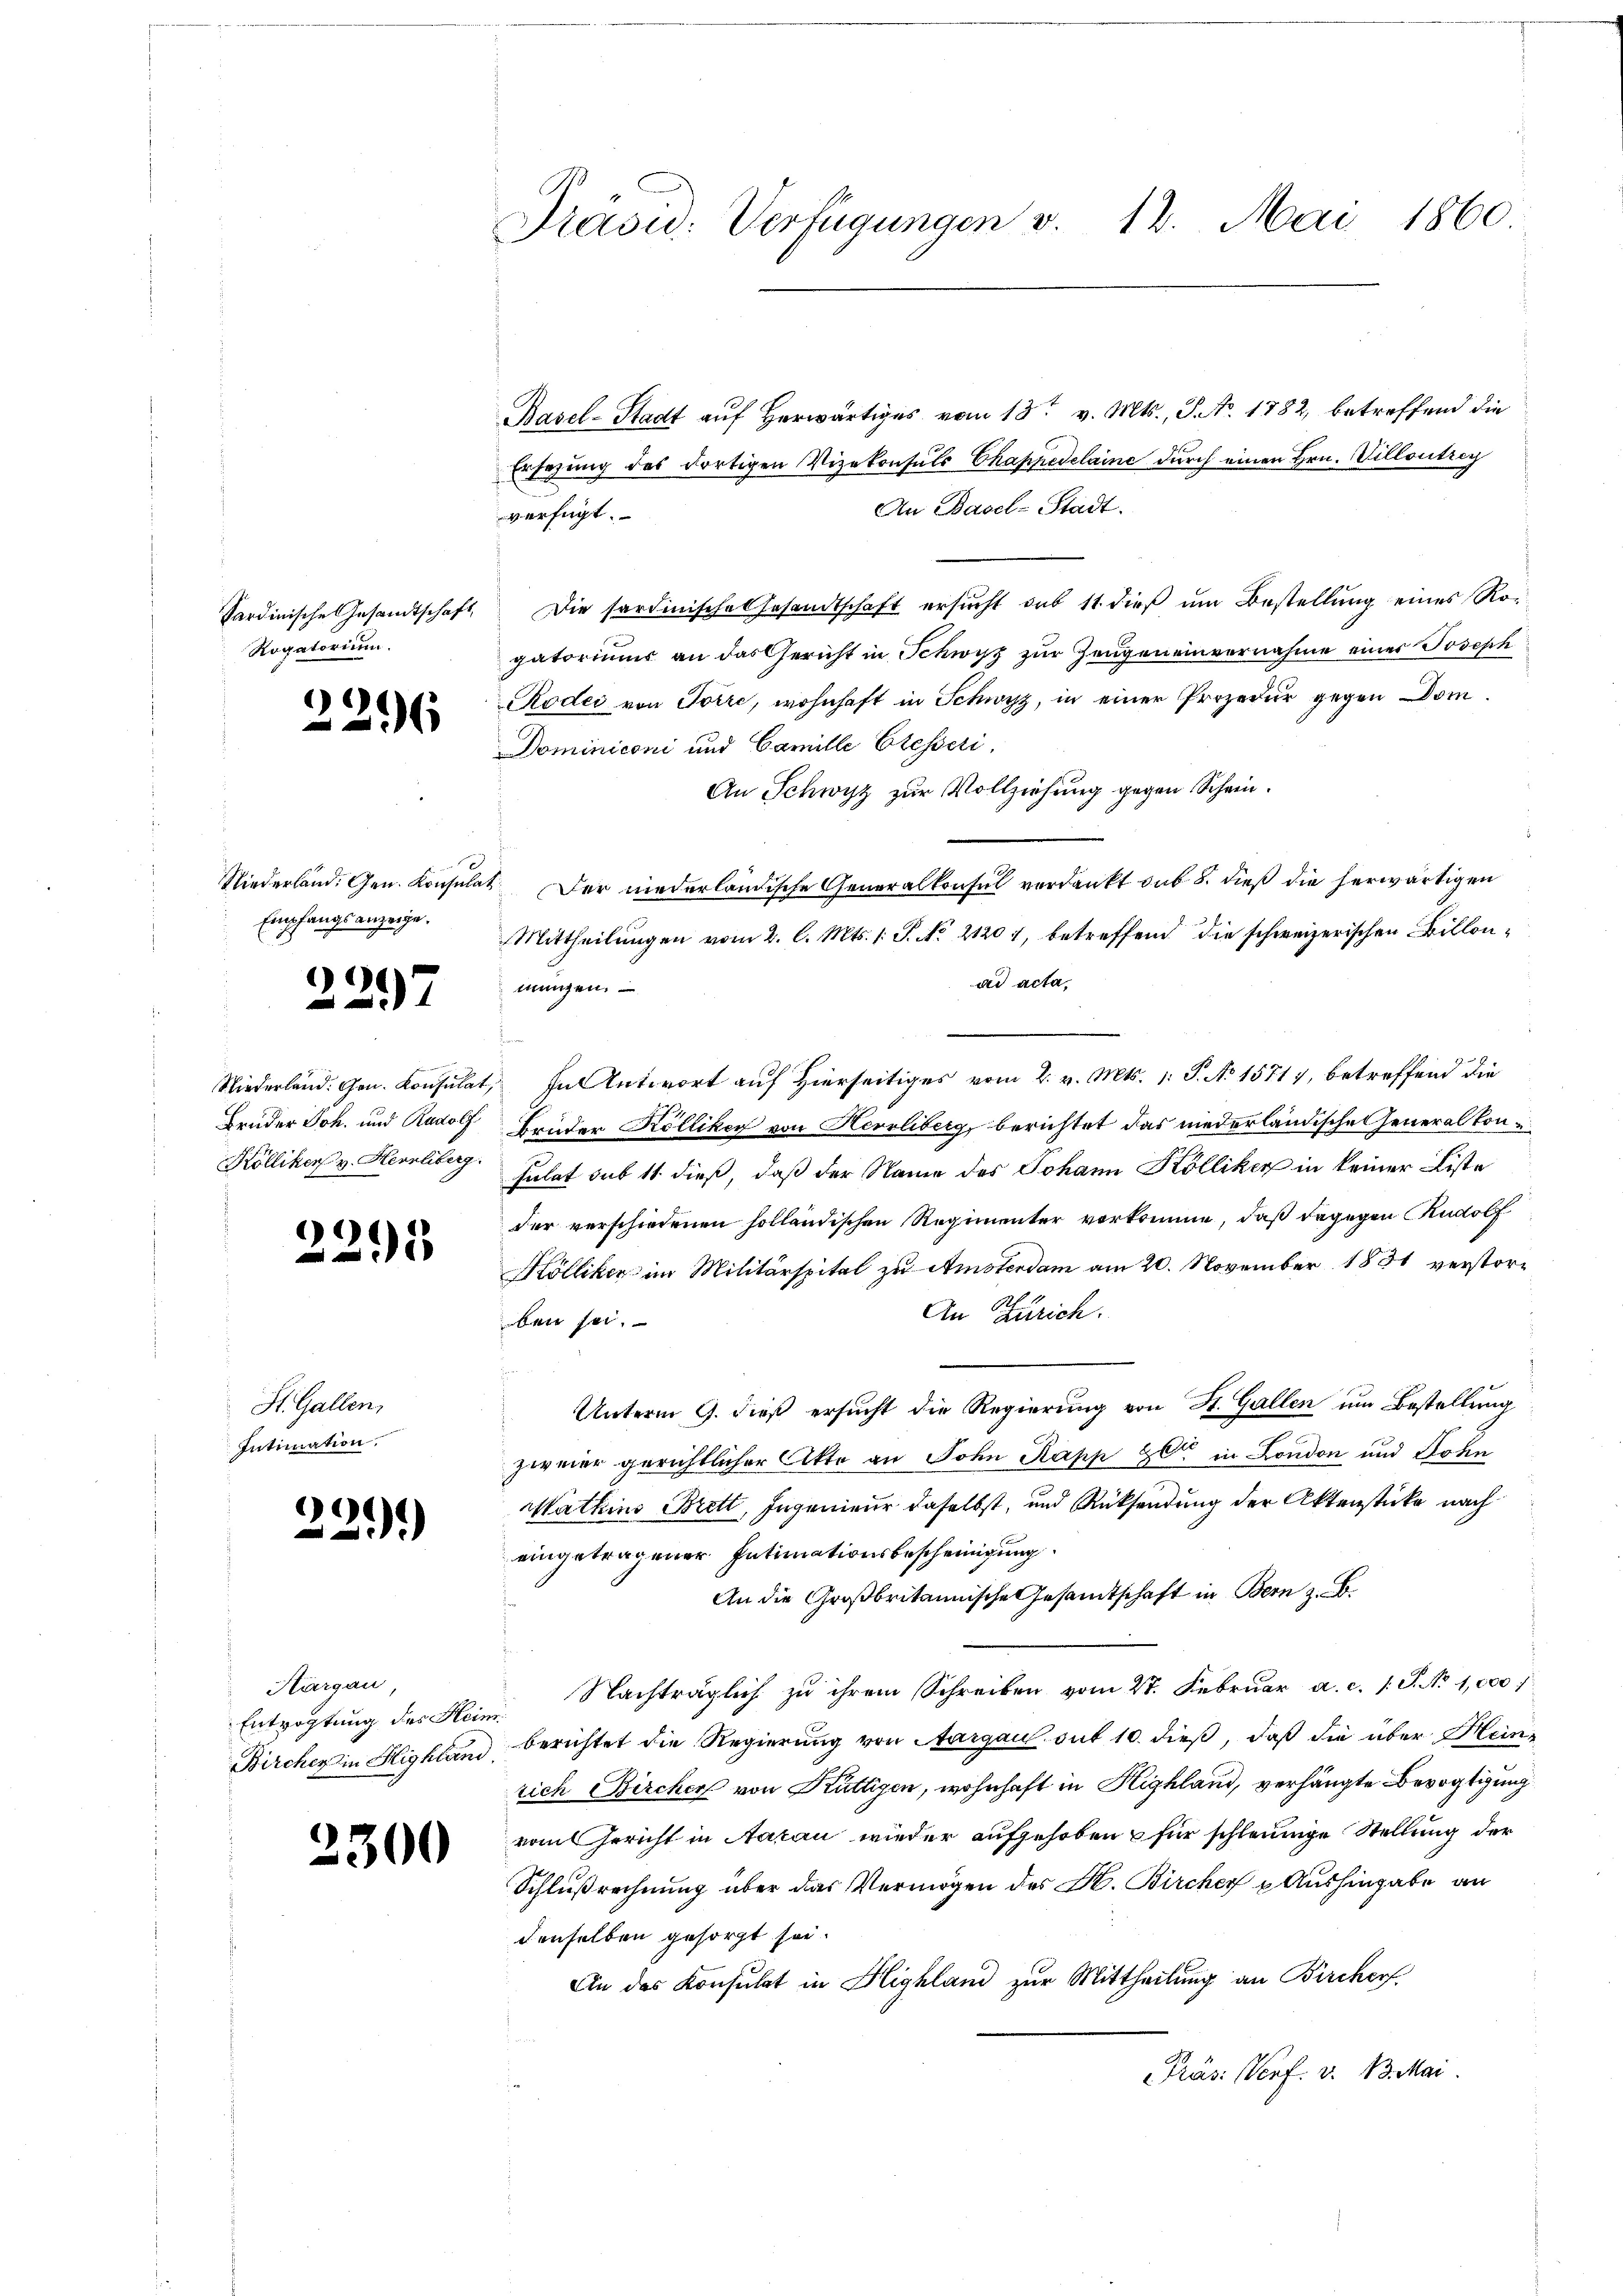
Sardinische Gesandtschaft
Rogatorium.

e
1

Niederland. Gen. Konsula
Empfangsanzeige.

2297

f
Niederland. Gen. Konsula
Brüder Joh. und Rudolf.
Kölliken v. Herrliberg

225

St. Gallen,
Intimation.

0
21)

Hargau
Entrichtung des Heis
Bircher in Highlan

2300

Präsid. Verfügungen v. 18. Mai 1860

Rasel-Stadt auf herwärtiges vom 13t v. Mts., S. No. 1782, betreffend die
Ersezung des dortigen Vizekonsuls Chappedelaine durch einen Hrn. Villontrey
An Basel-Stadt.
verfügt:
Die Sardinische Gesandtschaft ersucht sub 11 dieß um Bestellung eines Rogatorium an das Gericht in Schwyz zur Zeugen einvernahme einer Joseph
Roder von Toire, wohnhaft in Schwyz, in einer Prozedur gegen Dom¬
Dominiconi und Camille Etesseri
An Schwyz zur Vollziehung gegen Schein¬
Der niederländische Generalkonsul verdankt sub 8. dieß die herwärtigen
Mittheilungen vom 2. l. Mts. /: P. No. 21201, betreffend die schweizerischen Billonad acta,
mungen.
In Antwort auf Hierseitiges vom 2. v. Mts. 1. P. No 15717, betreffend die
Bauder Kölliker von Herrliberg, berichtet das niederländisches Generalkonsulat sub 11 dieß, daß der Name des Johann Kölliker in keiner Liste
der verschiedenen holländischen Regimenter vorkomme, daß dagegen Rudolf
Kölliker im Militärspital zu Amsterdam am 20. November 1881 verstor¬
An Zürich.
ben sei.
Unterm 9. dieß ersucht die Regierung von St. Gallen um Bestellung
zweier gerichtlicher Akte an John Papp 20 in London und Sohn
Mathino Brett, Ingenieur daselbst, und Rücksendung der Aktenstücke nach
eingetragener Intimationsbescheinigung
An die Großbritannische Gesamtschaft in Bern z. B.
 Nachträglich zu ihrem Schreiben vom 27. Februar a. c. 1 S. No 1,000)
berichtet die Regierung von Aargau auf 10. dieß, daß die über Heinrich Bircher von Kättigen, wohnhaft in Highland, verhängte Bevogtigung
vom Gericht in Aarau wieder aufgehoben für schleunige Stellung der
Schlußrechnung über das Vermögen des H. Bircher u Aushingabe an
denselben gesorgt sei.
An das Konsulat in Highland zur Mittheilung an Bircherf
Präs: Verf. v. 13. Mai.